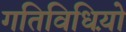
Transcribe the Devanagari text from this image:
गतिविधिय़ो